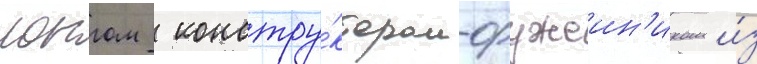
лонгом  констру́ктором-оружеин'иком и́з